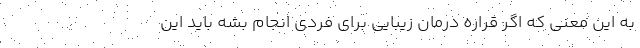
به این معنی که اگر قراره درمان زیبایی برای فردی انجام بشه باید این